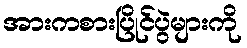
အားကစားပြိုင်ပွဲများကို